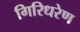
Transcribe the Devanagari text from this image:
गिरिधरेण